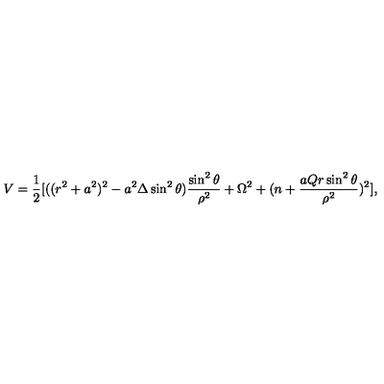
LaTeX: V = \frac { 1 } { 2 } [ ( ( r ^ { 2 } + a ^ { 2 } ) ^ { 2 } - a ^ { 2 } \Delta \sin ^ { 2 } \theta ) \frac { \sin ^ { 2 } \theta } { \rho ^ { 2 } } + \Omega ^ { 2 } + ( n + \frac { a Q r \sin ^ { 2 } \theta } { \rho ^ { 2 } } ) ^ { 2 } ] ,